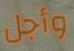
وأجل